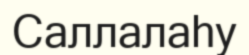
Саллалаһу